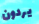
يردون